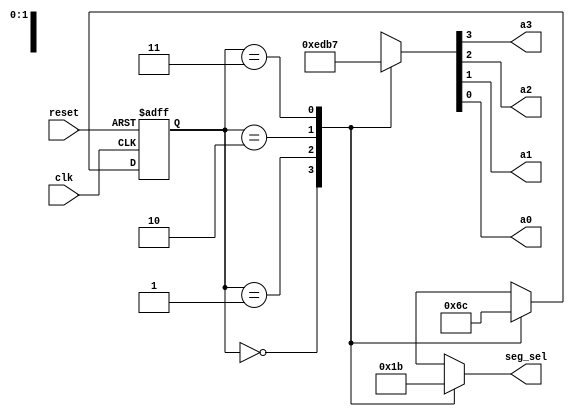
`timescale 1ns / 1ps
//////////////////////////////////////////////////////////////////////////////////
// 
// Partner:        Edward Mares
// 
// Design Name: 
// Module Name:    led_controller 
//
// Description:    LED controller based on state diagram. Chooses which anodes 
//                 display and when - according to the LED clock.
//
// Dependencies: 
//
// Revision: 
// Revision 0.01 - File Created
// Additional Comments: 
//
//////////////////////////////////////////////////////////////////////////////////
module led_controller(clk, reset, a3, a2, a1, a0, seg_sel);

   input       clk, reset;
   output      a3, a2, a1, a0;
   reg         a3, a2, a1, a0;
   output      [1:0] seg_sel;   
   reg         [1:0] seg_sel;

   //***********************
   // state register and
   // next_state variables
   //***********************

   reg       [1:0] present_state;
   reg      [1:0] next_state;

   //************************************************************************
   // Next State Combinational Logic
   //(next state values can change anytime but will only be "clocked" below)
   //************************************************************************

   always @( present_state )
      begin
         case ( present_state )       
            //next state combinations for present states
            2'b00 : next_state = 2'b01;
            2'b01 : next_state = 2'b10;
            2'b10 : next_state = 2'b11;
            2'b11 : next_state = 2'b00;
         
            //next state combinations for all other present states
            default: next_state = 2'b00;
         
         endcase   
      end

   //****************************************
   // State Register Logic (Sequential Logic)
   //****************************************

   always @(posedge clk or posedge reset)
      begin
         if (reset == 1'b1)
            //Got a reset, so set state register to all 0's
            present_state = 2'b00;         
         else
            //Got a posedge, so update state register with next state
            present_state = next_state;
      end
               
   //************************************************************************
   // Output Combinational Logic
   //(output values can change only when a present state changes)
   //************************************************************************
      
   always @( present_state )
      begin
         case ( present_state )       
            //output combinations for present states
            2'b00  : {a3, a2, a1, a0} = 4'b1110;   //a[0] asserted
            2'b01  : {a3, a2, a1, a0} = 4'b1101;   //a[1] asserted
            2'b10  : {a3, a2, a1, a0} = 4'b1011;   //a[2] asserted
            2'b11  : {a3, a2, a1, a0} = 4'b0111;   //a[3] asserted
         
            //output combinations for all other present states
            default : {a3, a2, a1, a0} = 4'b1110;
      
         endcase
      end
      
   //************************************************************************
   // Segment Select Logic
   //************************************************************************
      
   always @( present_state )
      begin
         case ( present_state )
            //Segment Select combinations for present states
            2'b00 : seg_sel = 2'b00;   //a[0] seg_sel
            2'b01 : seg_sel = 2'b01;   //a[1] seg_sel
            2'b10 : seg_sel = 2'b10;   //a[2] seg_sel
            2'b11 : seg_sel = 2'b11;   //a[3] seg_sel
         
            //Segment Select combinations for all other present states
            default: seg_sel = 2'b00;   //none
      
         endcase
      end
          
endmodule